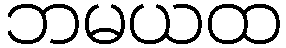
ဘမယထ